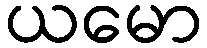
ယမော